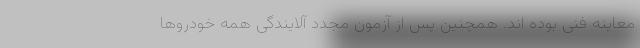
معاینه فنی بوده اند. همچنین پس از آزمون مجدد آلایندگی همه خودروها